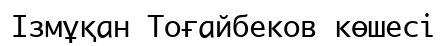
Ізмұқан Тоғайбеков көшесі